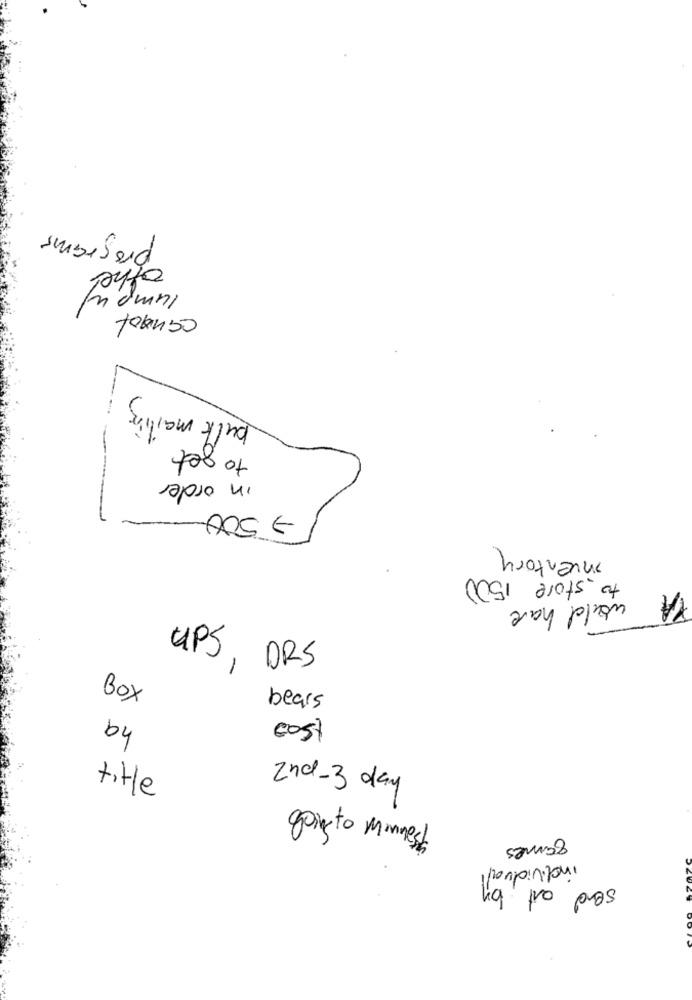
programs
other
14mp w/
cannot
bulk mailing
to get
in order
> 500
inventory
to store 1500
YA
would have
UPS, DRS
Box
ha
bears
cost
title
2nd-3 day
goingto minnest
games
individual
send out by